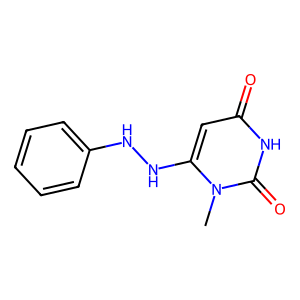
SMILES: Cn1c(NNc2ccccc2)cc(=O)[nH]c1=O
Inhibits HIV replication: No